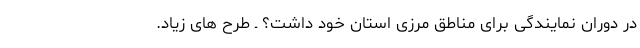
در دوران نمایندگی برای مناطق مرزی استان خود داشت؟ ـ طرح های زیاد.